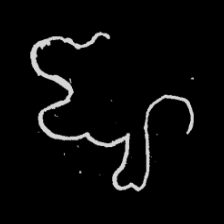
Pyu character \u2014 Myanmar letter: ဈ (romanized: jha)